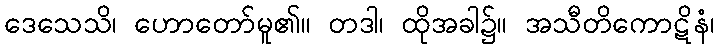
ဒေသေသိ၊ ဟောတော်မူ၏။ တဒါ၊ ထိုအခါ၌။ အသီတိကောဋိနံ၊